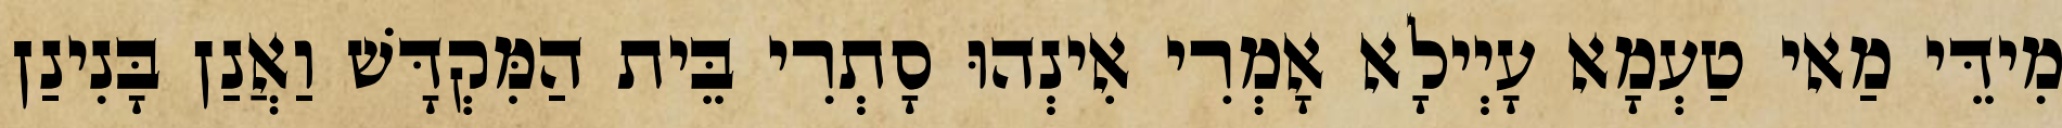
מִידֵּי מַאי טַעְמָא עָיְילָא אָמְרִי אִינְהוּ סָתְרִי בֵּית הַמִּקְדָּשׁ וַאֲנַן בָּנִינַן